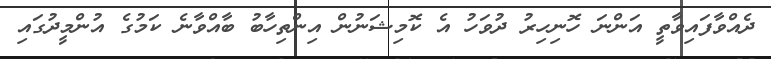
ދެއްވާފައިވާތީ އަންނަ ހޮނިހިރު ދުވަހު އެ ކޮމިޝަނުން އިންތިހާބު ބާއްވާނެ ކަމުގެ އުންމީދުގައި